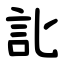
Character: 䚰